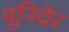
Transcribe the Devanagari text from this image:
मूनियेर